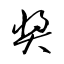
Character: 奬